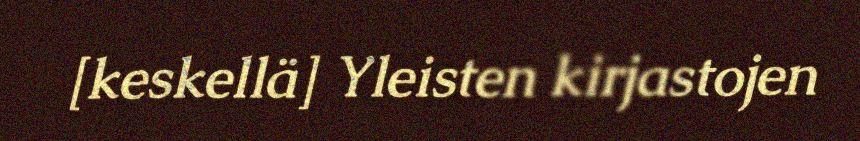
[keskellä] Yleisten kirjastojen